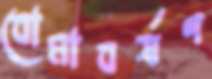
বোমাবর্ষণ